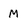
Character: M